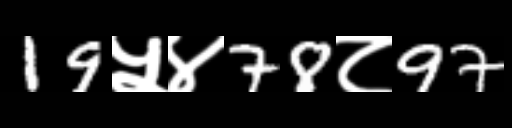
Text: 19५४78८97